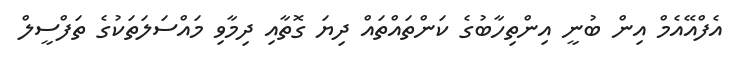
އެފްއޭއެމް އިން ބުނީ އިންތިހާބުގެ ކަންތައްތައް ދިޔަ ގޮތާއި ދިމާވި މައްސަލަތަކުގެ ތަފްސީލް